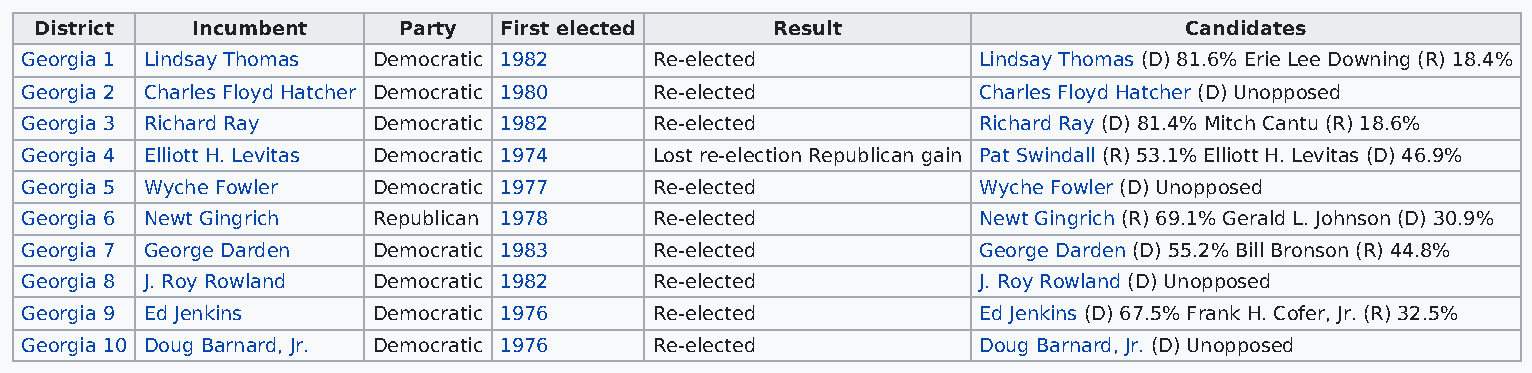
District   Incumbent    Party  First elected     Result                     Candidates
 Georgia 1 Lindsay Thomas Democratic 1982  Re-elected            Lindsay Thomas (D) 81.6% Erie Lee Downing (R) 18.4%
 Georgia 2 Charles Floyd Hatcher Democratic 1980 Re-elected      Charles Floyd Hatcher (D) Unopposed
 Georgia 3 Richard Ray   Democratic 1982   Re-elected            Richard Ray (D) 81.4% Mitch Cantu (R) 18.6%
 Georgia 4 Elliott H. Levitas Democratic 1974 Lost re-election Republican gain Pat Swindall (R) 53.1% Elliott H. Levitas (D) 46.9%
 Georgia 5 Wyche Fowler  Democratic 1977   Re-elected            Wyche Fowler (D) Unopposed
 Georgia 6 Newt Gingrich Republican 1978   Re-elected            Newt Gingrich (R) 69.1% Gerald L. Johnson (D) 30.9%
 Georgia 7 George Darden Democratic 1983   Re-elected            George Darden (D) 55.2% Bill Bronson (R) 44.8%
 Georgia 8 J. Roy Rowland Democratic 1982  Re-elected            J. Roy Rowland (D) Unopposed
 Georgia 9 Ed Jenkins    Democratic 1976   Re-elected            Ed Jenkins (D) 67.5% Frank H. Cofer, Jr. (R) 32.5%
 Georgia 10 Doug Barnard, Jr. Democratic 1976 Re-elected         Doug Barnard, Jr. (D) Unopposed